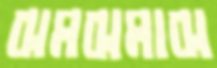
ঝমঝমাঝ